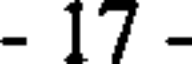
- 17 -